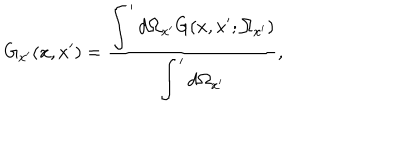
LaTeX: G _ { x ^ { \prime } } ( x , x ^ { \prime } ) = \frac { \displaystyle \int ^ { \prime } d \Omega _ { x ^ { \prime } } G ( x , x ^ { \prime } ; \Omega _ { x ^ { \prime } } ) } { \displaystyle \int ^ { \prime } d \Omega _ { x ^ { \prime } } } ,